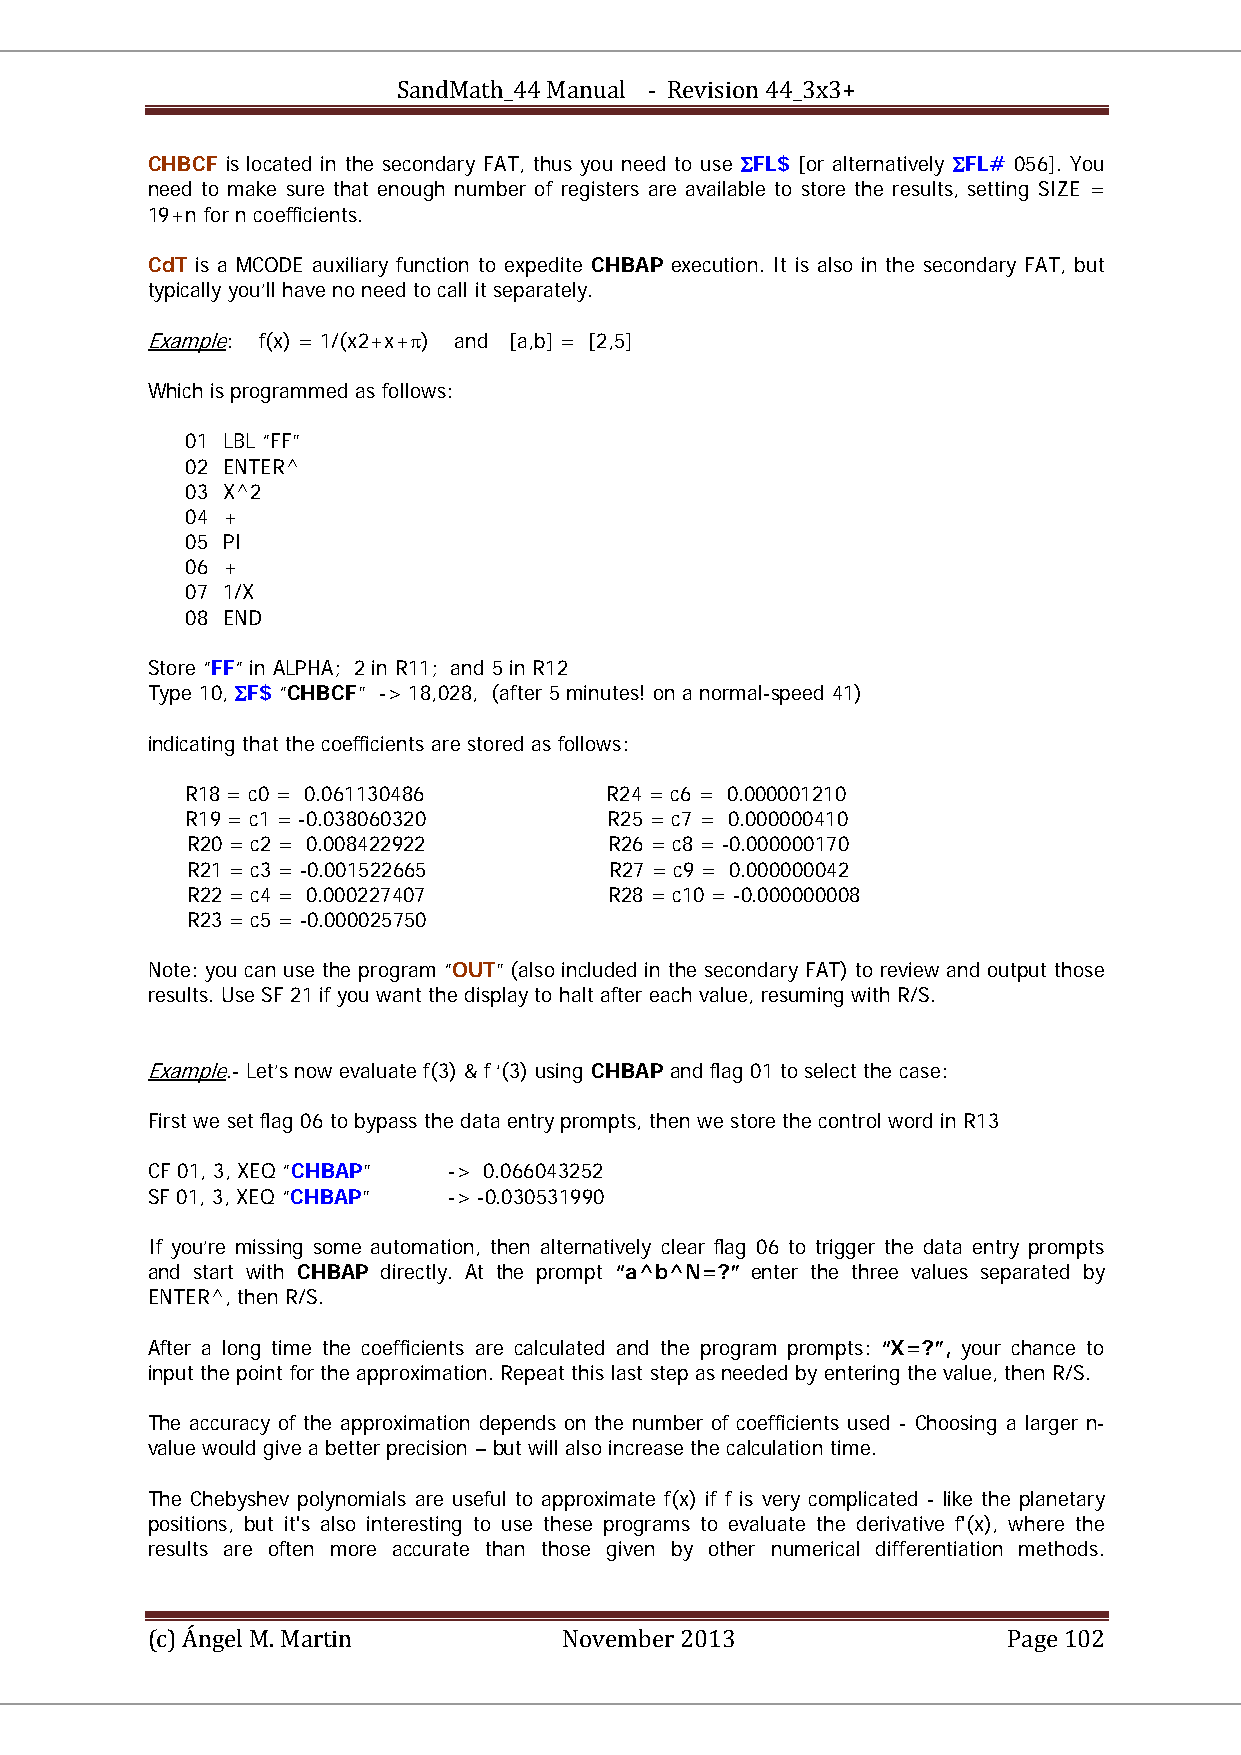
SandMath_44 Manual - Revision 44_3x3+
 CHBCF is located in the secondary FAT, thus you need to use ΣFL$ [or alternatively ΣFL# 056]. You
 need to make sure that enough number of registers are available to store the results, setting SIZE =
 19+n for n coefficients.
 CdT is a MCODE auxiliary function to expedite CHBAP execution. It is also in the secondary FAT, but
 typically you’ll have no need to call it separately.
 Example: f(x) = 1/(x2+x+π) and [a,b] = [2,5]
 U    U
 Which is programmed as follows:
 01 LBL “FF”
 02 ENTER^
 03 X^2
 04 +
 05 PI
 06 +
 07 1/X
 08 END
 Store “FF“ in ALPHA; 2 in R11; and 5 in R12
 Type 10, ΣF$ “CHBCF” -> 18,028, (after 5 minutes! on a normal-speed 41)
 indicating that the coefficients are stored as follows:
 R18 = c0 = 0.061130486      R24 = c6 = 0.000001210
 R19 = c1 = -0.038060320     R25 = c7 = 0.000000410
 R20 = c2 = 0.008422922      R26 = c8 = -0.000000170
 R21 = c3 = -0.001522665     R27 = c9 = 0.000000042
 R22 = c4 = 0.000227407      R28 = c10 = -0.000000008
 R23 = c5 = -0.000025750
 Note: you can use the program “OUT” (also included in the secondary FAT) to review and output those
 results. Use SF 21 if you want the display to halt after each value, resuming with R/S.
 Example.- Let’s now evaluate f(3) & f ‘(3) using CHBAP and flag 01 to select the case:
 U    U
 First we set flag 06 to bypass the data entry prompts, then we store the control word in R13
 CF 01, 3, XEQ “CHBAP” -> 0.066043252
 SF 01, 3, XEQ “CHBAP” -> -0.030531990
 If you’re missing some automation, then alternatively clear flag 06 to trigger the data entry prompts
 and start with CHBAP directly. At the prompt “a^b^N=?” enter the three values separated by
 ENTER^, then R/S.
 After a long time the coefficients are calculated and the program prompts: “X=?”, your chance to
 input the point for the approximation. Repeat this last step as needed by entering the value, then R/S.
 The accuracy of the approximation depends on the number of coefficients used - Choosing a larger n-
 value would give a better precision – but will also increase the calculation time.
 The Chebyshev polynomials are useful to approximate f(x) if f is very complicated - like the planetary
 positions, but it's also interesting to use these programs to evaluate the derivative f'(x), where the
 results are often more accurate than those given by other numerical differentiation methods.
 (c) Ángel M. Martin        November 2013                 Page 102